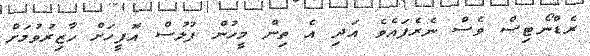
ރެޑްނޯޓިސް ވެސް ނެރެފައެވެ އަދި އެ ތިން މީހުން ފުލުސް އޮފީހަށް ހާޒިރުވުމަށް